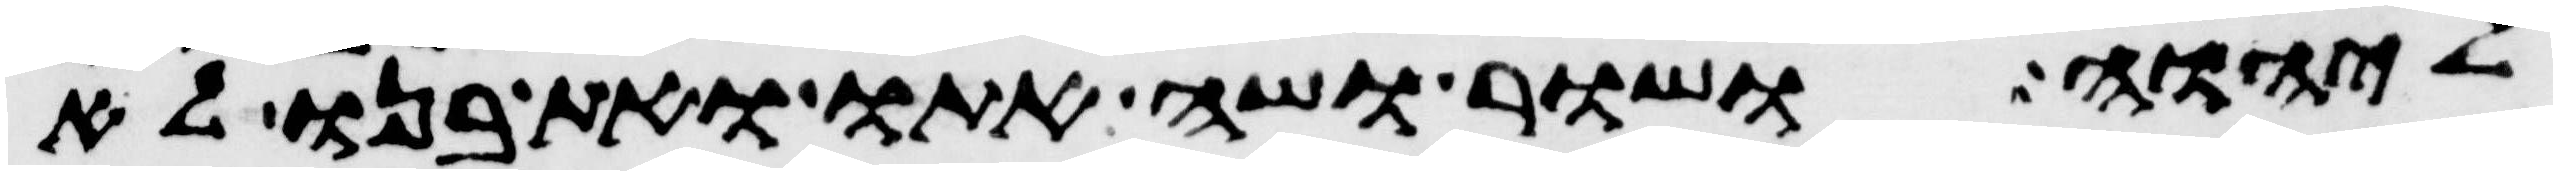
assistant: ליהוה ושור ושה אתו ואת בנו לא